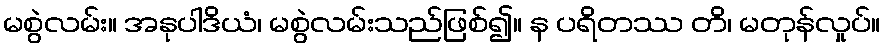
မစွဲလမ်း။ အနုပါဒိယံ၊ မစွဲလမ်းသည်ဖြစ်၍။ န ပရိတဿ တိ၊ မတုန်လှုပ်။